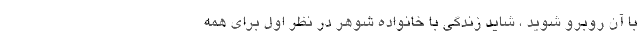
با آن روبرو شوید ، شاید زندگی با خانواده شوهر در نظر اول برای همه